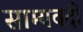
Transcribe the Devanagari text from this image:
साम्यवदी